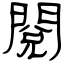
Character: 閱